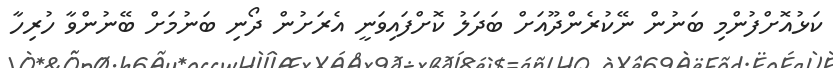
ކަޅުއޮށްފުންމި ބަނުން ނޭކުރެންދޫއަށް ބަދަލު ކޮށްފައިވަނީ އެރަށުން ދޯނި ބަނުމަށް ބޭނުންވާ ހުރިހާ